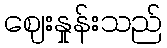
ဈေးနှုန်းသည်